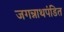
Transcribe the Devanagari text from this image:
जगन्नाथपंडित